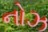
નોઝ